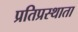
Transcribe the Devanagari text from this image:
प्रतिप्रस्थाता